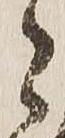
々